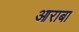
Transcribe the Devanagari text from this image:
आराबा